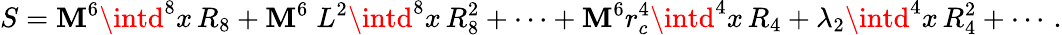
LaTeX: S=\mathbf{M}^{6}\intd^{8}x\, R_{8}+\mathbf{M}^{6}\; L^{2}\intd^{8}x\, R_{8}^{2}+\cdots+\mathbf{M}^{6}r_{c}^{4}\intd^{4}x\, R_{4}+\lambda_{2}\intd^{4}x\, R_{4}^{2}+\cdots\, .